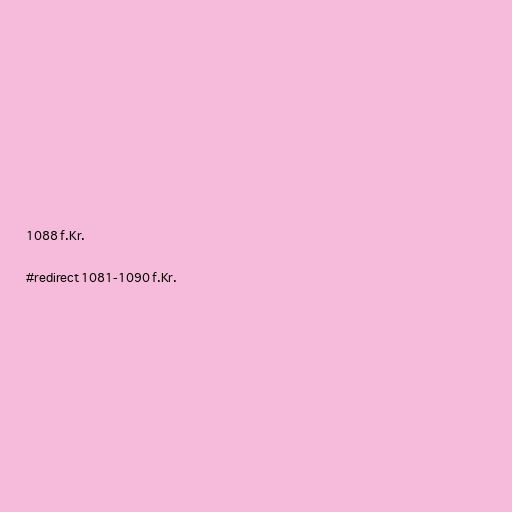
1088 f.Kr.

#redirect 1081-1090 f.Kr.